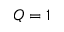
Q = 1